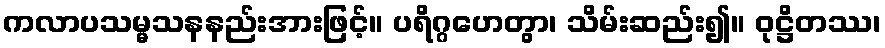
ကလာပသမ္မသနနည်းအားဖြင့်။ ပရိဂ္ဂဟေတွာ၊ သိမ်းဆည်း၍။ ဝုဋ္ဌိတဿ၊